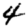
Digit: 4